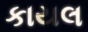
કાયલ